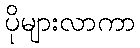
ပိုများလာကာ